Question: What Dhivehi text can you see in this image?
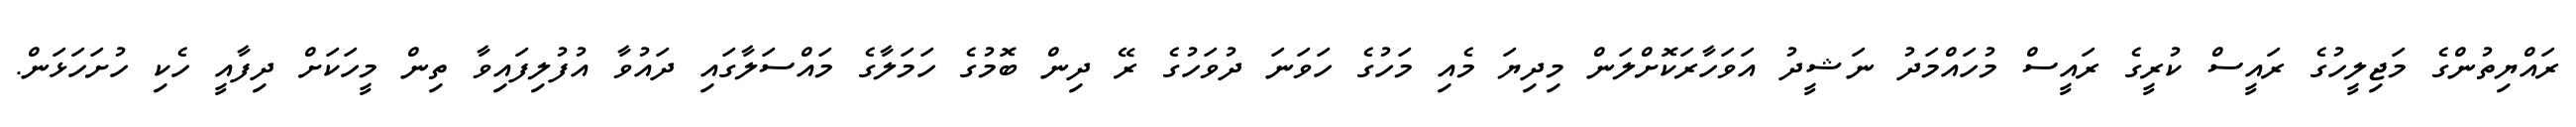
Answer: ރައްޔިތުންގެ މަޖިލީހުގެ ރައީސް ކުރީގެ ރައީސް މުހައްމަދު ނަޝީދު އަވަހާރަކޮށްލަން މިދިޔަ މެއި މަހުގެ ހަވަނަ ދުވަހުގެ ރޭ ދިން ބޮމުގެ ހަމަލާގެ މައްސަލާގައި ދައުވާ އުފުލިފައިވާ ތިން މީހަކަށް ދިފާއީ ހެކި ހުށަހަޅަން.